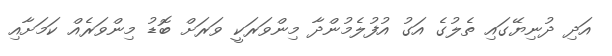
އަދި ދުނިޔޭގައި ތެލުގެ އަގު އުފުލެމުންދާ މިންވަރަކީ ވަރަށް ބޮޑު މިންވަރެއް ކަމަށާއި